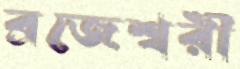
ব্রজেশ্বরী